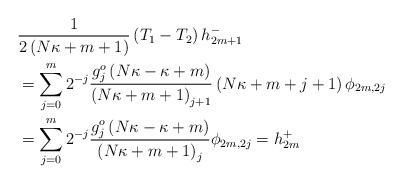
LaTeX: \begin{align*}& \frac{1}{2\left( N\kappa+m+1\right) }\left( T_{1}-T_{2}\right)h_{2m+1}^{-}\\& =\sum_{j=0}^{m}2^{-j}\frac{g_{j}^{o}\left( N\kappa-\kappa+m\right)}{\left( N\kappa+m+1\right) _{j+1}}\left( N\kappa+m+j+1\right)\phi_{2m,2j}\\& =\sum_{j=0}^{m}2^{-j}\frac{g_{j}^{o}\left( N\kappa-\kappa+m\right)}{\left( N\kappa+m+1\right) _{j}}\phi_{2m,2j}=h_{2m}^{+}\end{align*}